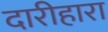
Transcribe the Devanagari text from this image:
दारीहारा